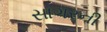
સાગરની